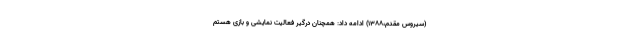
(سیروس مقدم،۱۳۸۸) ادامه داد: همچنان درگیر فعالیت نمایشی و بازی هستم